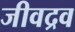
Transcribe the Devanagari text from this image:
जीवद्रव